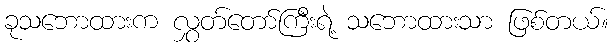
ခုသဘောထားက လွှတ်တော်ကြီးရဲ့ သဘောထားသာ ဖြစ်တယ်။